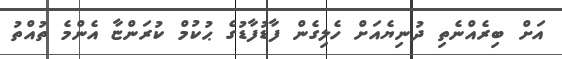
އަށް ބިރެއްނެެތި ދުނިޔެއަށް ހެލިގެން ފާޑުފާޑުގެ ޙުކުމް ކުރަންޏާ އެންމެ ތުއްތު